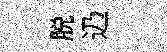
脱辸